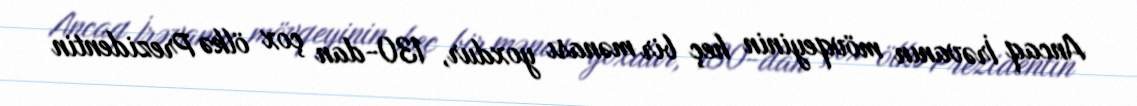
Ancaq İrəvanın mövqeyinin heç bir mənası yoxdur, 130-dan çox ölkə Prezidentin